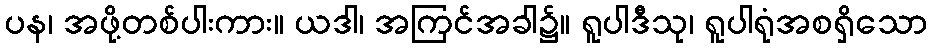
ပန၊ အဖို့တစ်ပါးကား။ ယဒါ၊ အကြင်အခါ၌။ ရူပါဒီသု၊ ရူပါရုံအစရှိသော